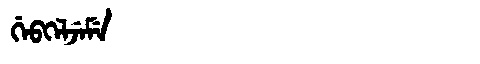
Manchu: ᡤᡝᠪᡴᡝᠯᠵᡝᠮᡝ
Romanization: GEBKELJEME